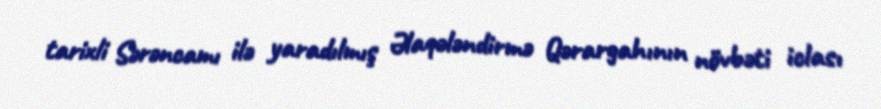
tarixli Sərəncamı ilə yaradılmış Əlaqələndirmə Qərargahının növbəti iclası